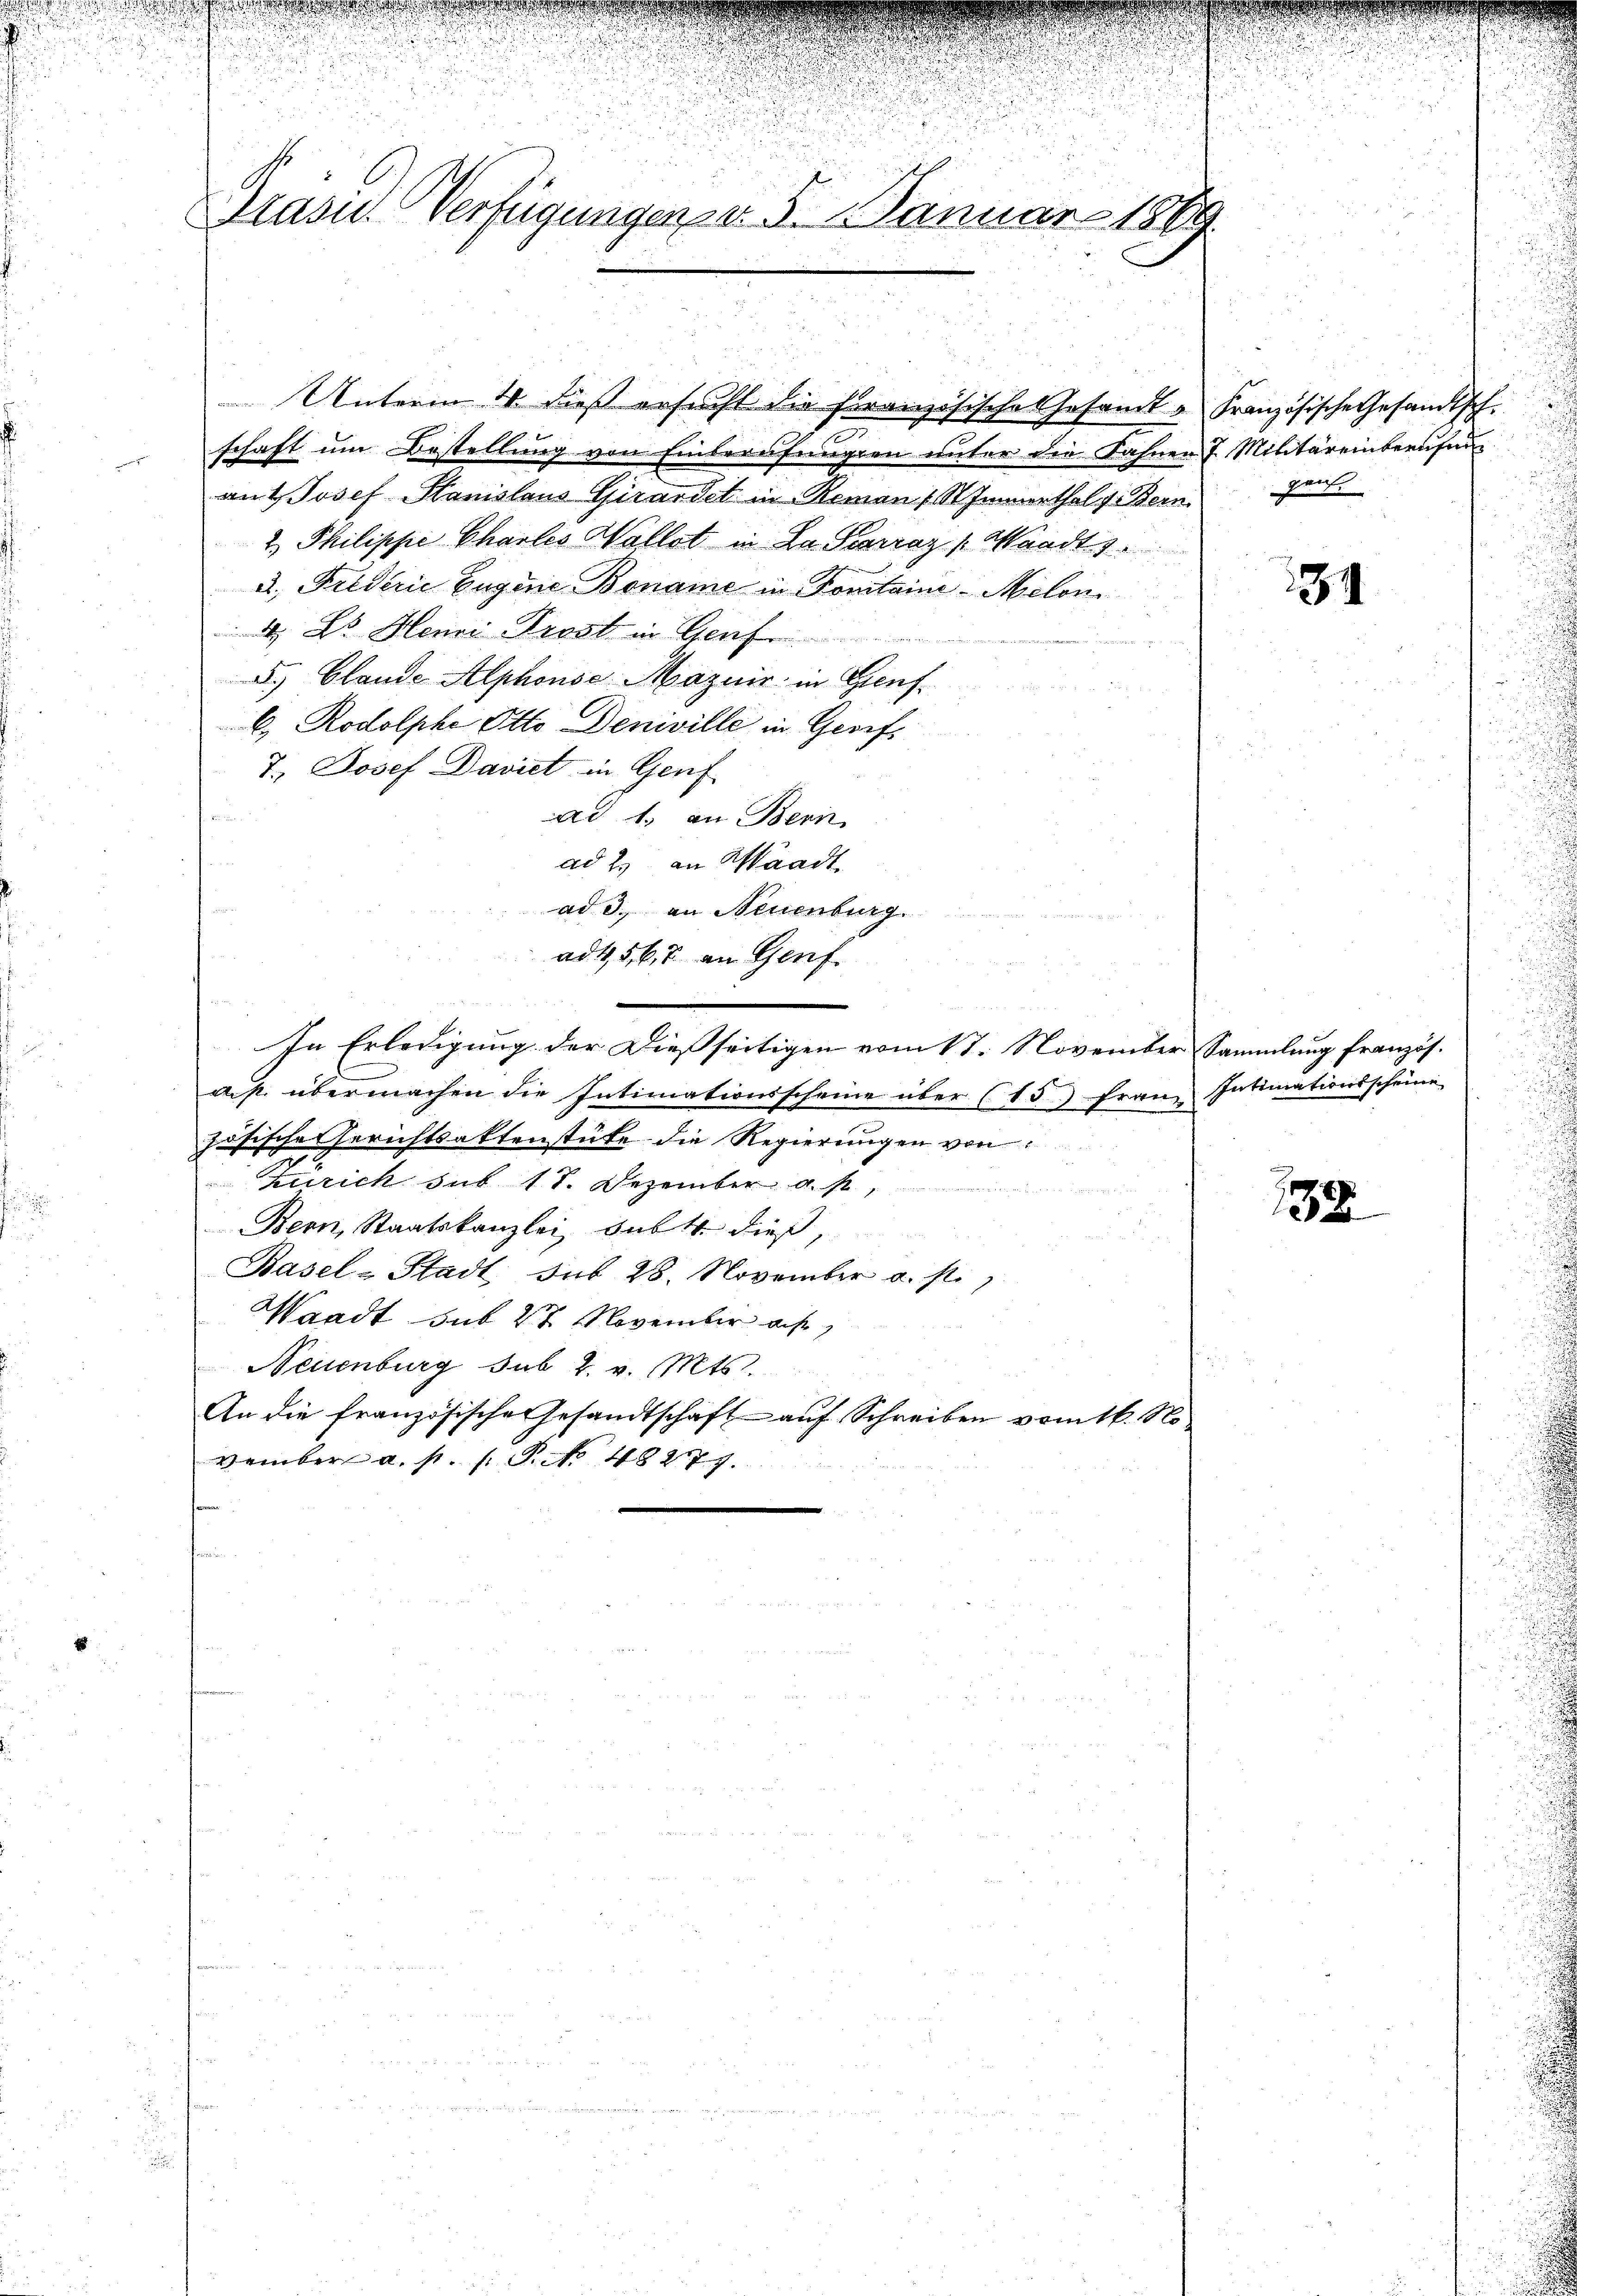
Grasn. Verfügungen d. 5. Januar 1860.

schaft um Bestellung von Einberufungen unter die Fahnen 7. Militäreinberufung
auf Josef Hanislaus Girardet in Roman 1 St Immerthal v. Bern
2.) Philippe Charles Wallot in Dr. Scarraz (Waadt s
a. Friderie Eugene Boname in Fontaine-Melon
d Dr. Henri Trost in Gen
5.) Glande Alphonse Mazuir in Gensb. Rodolphe Otto Deniville in Gerif¬
7.) Josef Davit in Genf
ad 1. an Bern,
ad 2. an Waadt
ad 3. an Neuenburg
ad 1567 an Genf.
In Erledigung der Dießseitigen vom 17. November Sammlung französ.
ds. übermachen die Intimationsscheine über (15.) Franz Intimationsscheine
zösisches Gerichtsaktenstüke die Regierungen von
Zürich sub. 18. Dezember st
Bern, Staatskanzlei bebt dieß,
Basel-Stadt sub 28. November a. st.
Waadt sub 27 November auf
Neuenburg sub 2. v. Mts.
An die französische Gesandtschäft auf Schreiben vom 16. No
vember a. p. 1. P. No 48277.

Unterm 4. dieß ersucht die Französisches Gesandt u Französische Gesandtsch.

gans.
.

184

138